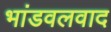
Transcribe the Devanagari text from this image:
भांडवलवाद